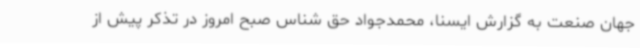
جهان صنعت به گزارش ایسنا، محمدجواد حق شناس صبح امروز در تذکر پیش از